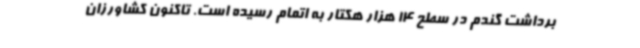
برداشت گندم در سطح 14 هزار هکتار به اتمام رسیده است. تاکنون کشاورزان